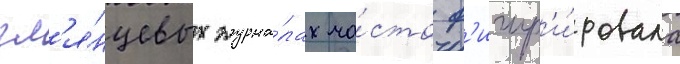
гл'я́нцевых журна́лах ча́сто ф'игур'и́ровала